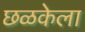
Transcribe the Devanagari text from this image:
छळकेला